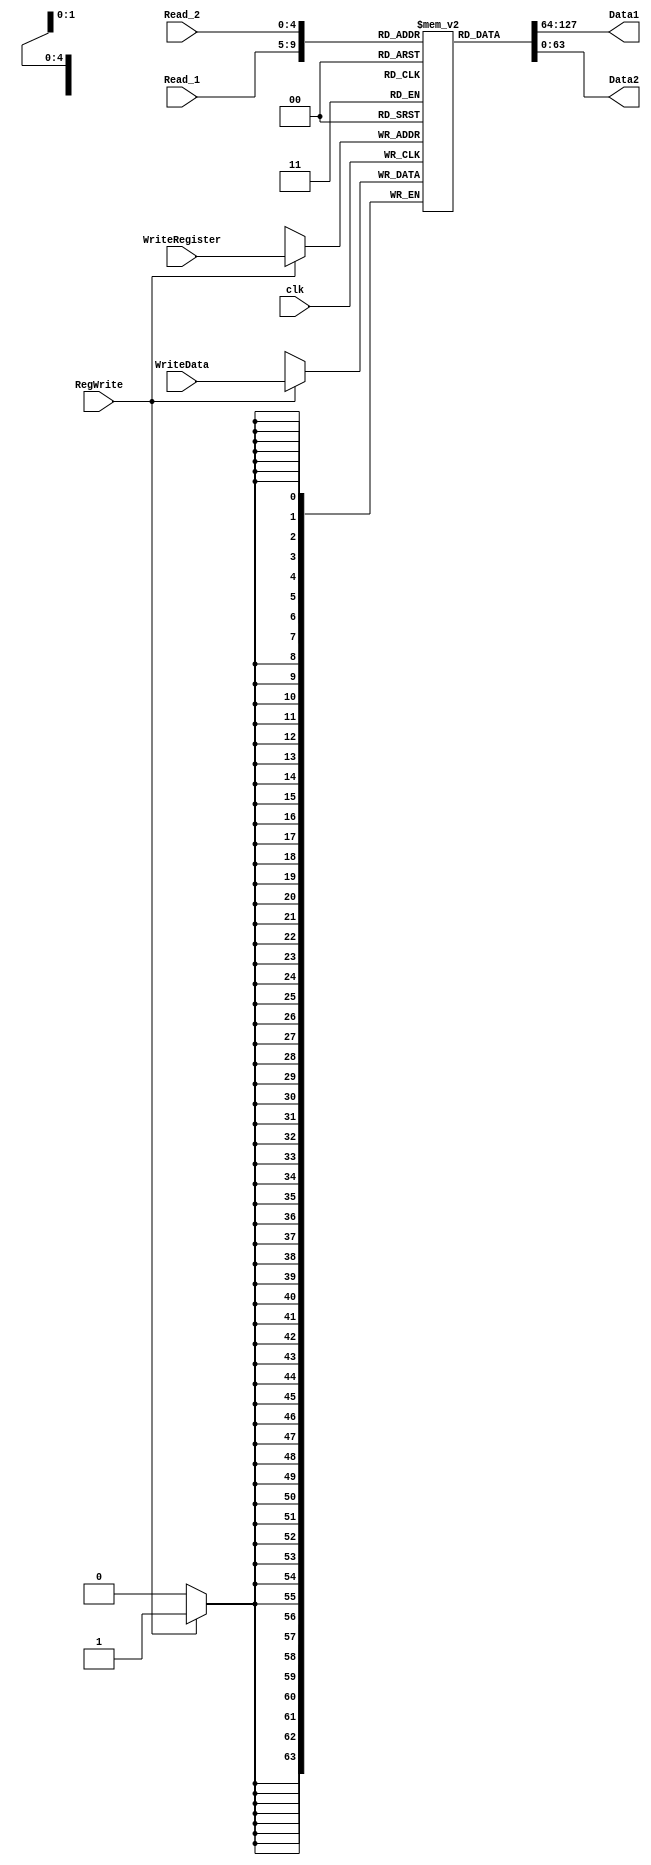
module register_bank(
input [4:0] Read_1,
input [4:0] Read_2,
input [4:0] WriteRegister,
input [63:0] WriteData,
input clk,RegWrite,
output [63:0] Data1,Data2
);

reg [63:0] Register [31:0];
assign Data1=Register[Read_1];
assign Data2=Register[Read_2];

always @(posedge clk)
begin
if (RegWrite == 1)
Register[WriteRegister] <= WriteData;
end
endmodule